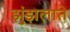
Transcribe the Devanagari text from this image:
झुंझलाते